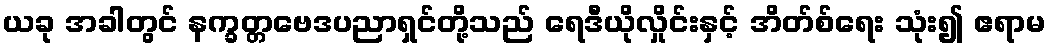
ယခု အခါတွင် နက္ခတ္တဗေဒပညာရှင်တို့သည် ရေဒီယိုလှိုင်းနှင့် အိတ်စ်ရေး သုံး၍ ဧရာမ